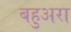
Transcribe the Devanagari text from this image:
बहुअरा